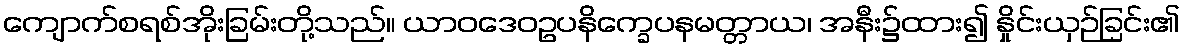
ကျောက်စရစ်အိုးခြမ်းတို့သည်။ ယာဝဒေဝဥပနိက္ခေပနမတ္တာယ၊ အနီး၌ထား၍ နှိုင်းယှဉ်ခြင်း၏